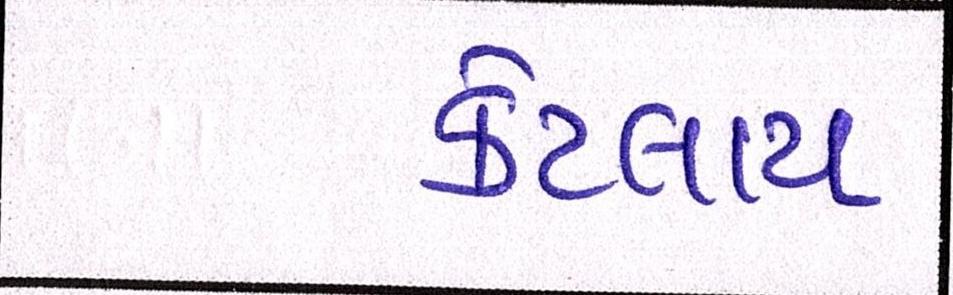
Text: કેટલાય